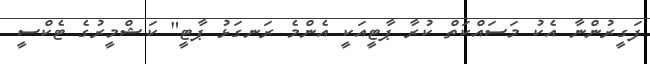
ފަގީރުންނާ އެކު މަސައްކަތް ކުރާ ޕާޓީއަކީ އެންމެ ރަނގަޅު ޕާޓީ" ކަޝްމީރުގެ ޓެކްސީ